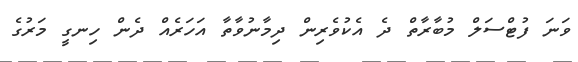
ވަނަ ފުޓްސަލް މުބާރާތް ދެ އެކުވެރިން ދިމާނުވާތާ އަހަރެއް ދެން ހިނގީ މަރުގެ